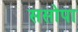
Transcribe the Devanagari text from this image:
ससोपा